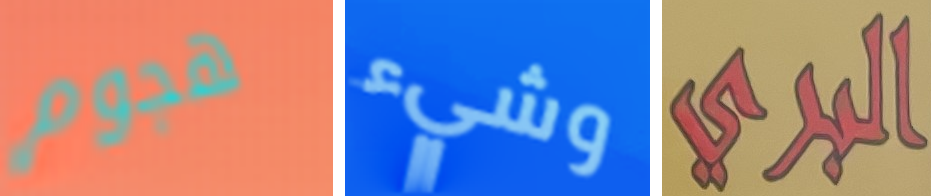
هجوم وشيء البري